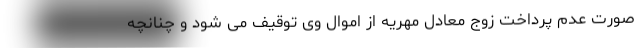
صورت عدم پرداخت زوج معادل مهریه از اموال وی توقیف می شود و چنانچه